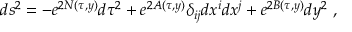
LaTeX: d s ^ { 2 } = - e ^ { 2 N ( \tau , y ) } d \tau ^ { 2 } + e ^ { 2 A ( \tau , y ) } \delta _ { i j } d x ^ { i } d x ^ { j } + e ^ { 2 B ( \tau , y ) } d y ^ { 2 } ~ ,